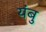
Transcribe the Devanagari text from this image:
यंबु